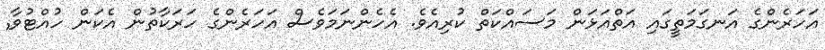
އަހަރެންގެ އަނގަމަތީގައި އަތްއަޅަން މަސައްކަތް ކުރިއެވެ. އެހެންނަމަވެސް އަހަރެންގެ ހަރަކާތުން އެކަން ހުއްޓުވާ